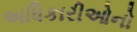
અધિકારીઓનો